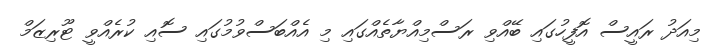
މިއަދު ރައީސް އޮފީހުގައި ބޭއްވި ރަސްމިއްޔާތެއްގައި މި އެއްބަސްވުމުގައި ސޮއި ކުރެއްވީ ޓޫރިޒަމް